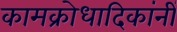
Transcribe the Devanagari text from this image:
कामक्रोधादिकांनीं